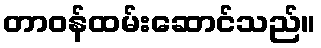
တာဝန်ထမ်းဆောင်သည်။